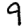
Digit: 9